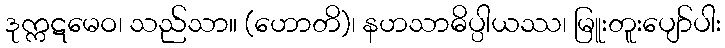
ဒုက္ကဋမေဝ၊ သည်သာ။ (ဟောတိ)၊ နဟသာဓိပ္ပါယဿ၊ မြူးတူးပျော်ပါး